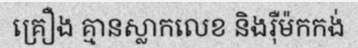
គ្រឿង គ្មានស្លាកលេខ និងរ៉ឺម៉កកង់